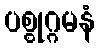
ပစ္စုဂ္ဂမနံ